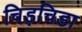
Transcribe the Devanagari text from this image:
चिड़चिडा